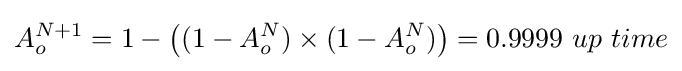
A_{o}^{N+1}=1-\left((1-A_{o}^{N})\times (1-A_{o}^{N})\right)=0.9999\ up\ time